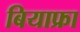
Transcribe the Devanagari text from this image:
बियाफ्रा